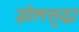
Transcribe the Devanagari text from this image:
झेलसुद्धा